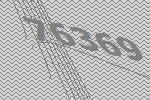
76369